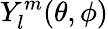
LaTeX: Y_{l}^{m}(\theta,\phi)